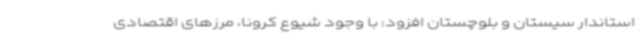
استاندار سیستان و بلوچستان افزود: با وجود شیوع کرونا، مرزهای اقتصادی